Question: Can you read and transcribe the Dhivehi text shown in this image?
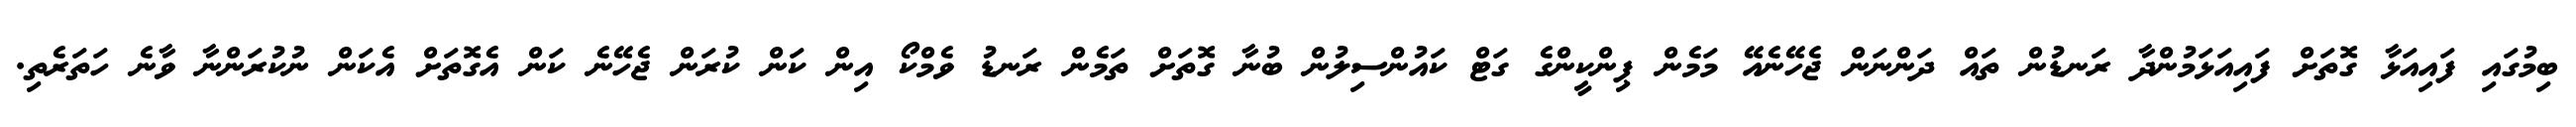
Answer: ބިމުގައި ފައިއަޅާ ގޮތަށް ފައިއަޅަމުންދާ ރަނޑުން ތައް ދަންނަން ޖެހޭނެއޭ މަމެން ޕިންކީންގެ ގަޓް ކައުންސިލުން ބުނާ ގޮތަށް ތަމެން ރަނޑު ވެމްކޯ އިން ކަން ކުރަން ޖެހޭނެ ކަން އެގޮތަށް އެކަން ނުކުރަންނާ ވާނެ ހަތަރެތި.